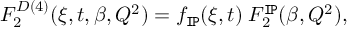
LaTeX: F _ { 2 } ^ { D ( 4 ) } ( \xi , t , \beta , Q ^ { 2 } ) = f _ { \tt I \! P } ( \xi , t ) \; F _ { 2 } ^ { \tt I \! P } ( \beta , Q ^ { 2 } ) ,